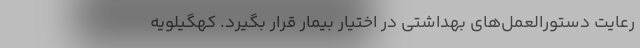
رعایت دستورالعمل‌های بهداشتی در اختیار بیمار قرار بگیرد. کهگیلویه